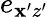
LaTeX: e_{\mathbf{x}^{\prime}z^{\prime}}